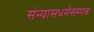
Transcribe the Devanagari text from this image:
संन्यासधर्मसम्पन्न